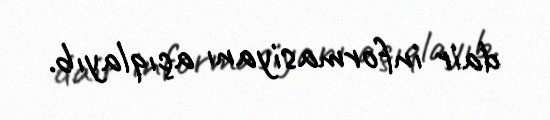
dair informasiyanı açıqlayıb.